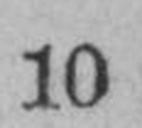
10